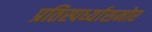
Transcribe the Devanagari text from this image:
प्रतिस्पर्ध्यासमोर